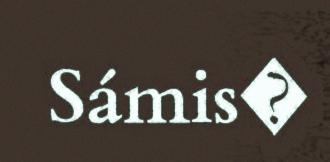
Sámis�